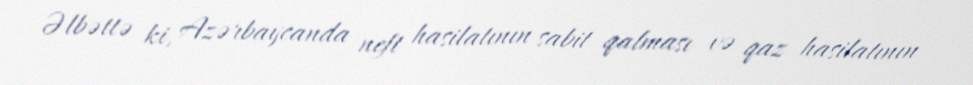
Əlbəttə ki, Azərbaycanda neft hasilatının sabit qalması və qaz hasilatının